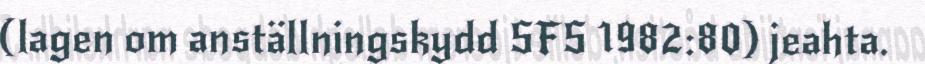
(lagen om anställningskydd SFS 1982:80) jeahta.